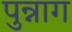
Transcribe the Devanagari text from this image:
पुन्नाग